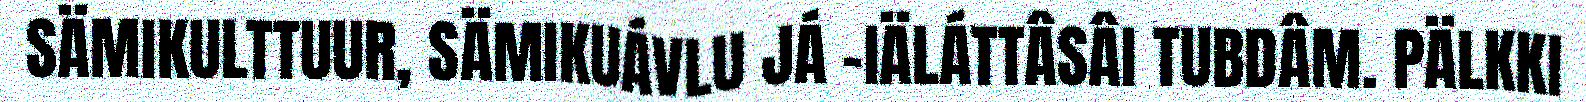
SÄMIKULTTUUR, SÄMIKUÁVLU JÁ -IÄLÁTTÂSÂI TUBDÂM. PÄLKKI